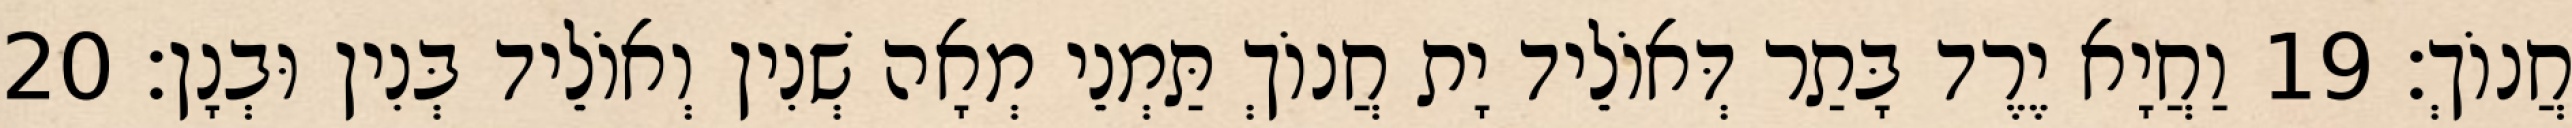
חֲנוֹךְ׃ 19 וַחֲיָא יֶרֶד בָּתַר דְּאוֹלֵיד יָת חֲנוֹךְ תַּמְנֵי מְאָה שְׁנִין וְאוֹלֵיד בְּנִין וּבְנָן׃ 20